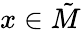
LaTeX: x\in\tilde{M}